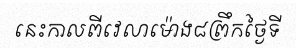
នេះកាលពីវេលាម៉ោង៨ព្រឹកថ្ងៃទី